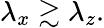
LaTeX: \lambda_{x}\gtrsim\lambda_{z}.